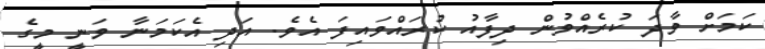
ކަމަށް ވާދަ ކުރެއްވުން ދިފާއު ކުރައްވައިފަ އެވެ. އަދި އެކަމަނާ ވަނީ މީގެ